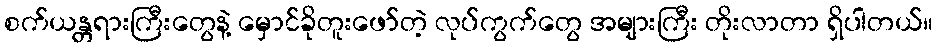
စက်ယန္တရားကြီးတွေနဲ့ မှောင်ခိုတူးဖော်တဲ့ လုပ်ကွက်တွေ အများကြီး တိုးလာတာ ရှိပါတယ်။